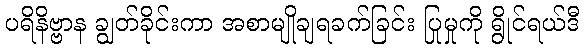
ပရိနိဗ္ဗာန ချွတ်ခိုင်းကာ အစာမျိုချရခက်ခြင်း ပြုမှုကို ရွိုင်ရယ်ဒီ